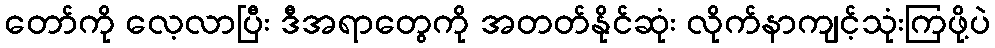
တော်ကို လေ့လာပြီး ဒီအရာတွေကို အတတ်နိုင်ဆုံး လိုက်နာကျင့်သုံးကြဖို့ပဲ